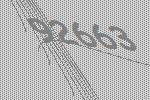
92663